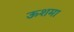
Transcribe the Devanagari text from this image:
ऊशमा